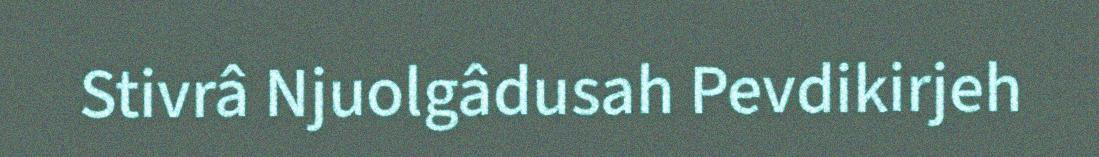
Stivrâ Njuolgâdusah Pevdikirjeh